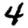
Digit: 4